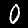
Label: 0